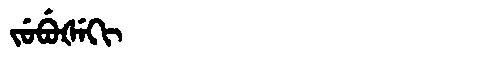
Manchu: ᠵᡠᠪᡠᡧᡝᡴᡳ
Romanization: JUBUŠEKI